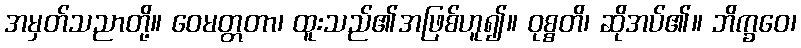
အမှတ်သညာတို့။ ဝေမတ္တတာ၊ ထူးသည်၏အဖြစ်ဟူ၍။ ဝုစ္စတိ၊ ဆိုအပ်၏။ ဘိက္ခဝေ၊